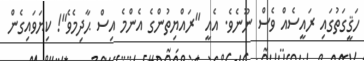
ހަޤީގަތުގައި ރައީސެއް ވެސް ނޫނެވެ. އެއީ "ރައްޔިތުންގެ އެންމެ އިސް ޙާދިމެވެ"! ކިޔަވައިގެން